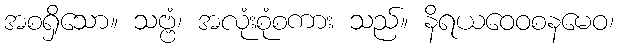
အစရှိသော။ သဗ္ဗံ၊ အလုံးစုံစကား သည်။ နိရယဝေဝစနမေဝ၊